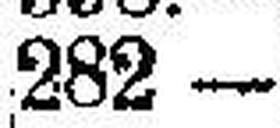
282 —